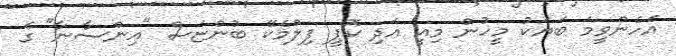
އެހެންވީމަ ބަޔަކު މީހުން މިއީ އަދި ކޮޕީ ފިލްމެކޭ ބުންޏަސް "އިންސާނާ" ގެ